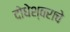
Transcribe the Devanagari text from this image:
दोधेश्वराचे